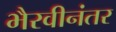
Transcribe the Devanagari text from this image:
भैरवीनंतर